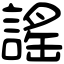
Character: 謠